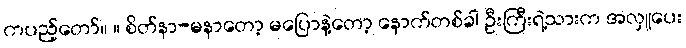
ကပည့်တော်။ ။ စိတ်နာ-မနာတော့ မပြောနဲ့တော့ နောက်တစ်ခါ ဦးကြီးရဲ့သားက အလှူပေး